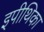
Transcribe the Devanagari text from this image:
इपीथिका